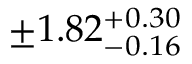
\pm 1 . 8 2 _ { - 0 . 1 6 } ^ { + 0 . 3 0 }